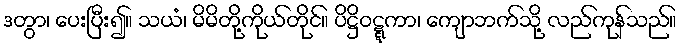
ဒတွာ၊ ပေးပြီး၍။ သယံ၊ မိမိတို့ကိုယ်တိုင်။ ပိဋ္ဌိဝဋ္ဋကာ၊ ကျောဘက်သို့ လည်ကုန်သည်။